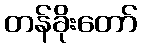
တန်ခိုးတော်